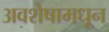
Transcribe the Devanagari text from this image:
अवशेषामधून